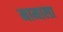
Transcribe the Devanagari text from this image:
मामाला